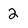
Character: 2